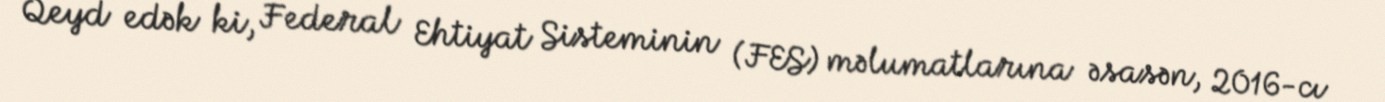
Qeyd edək ki, Federal Ehtiyat Sisteminin (FES) məlumatlarına əsasən, 2016-cı